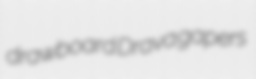
drawboard Drava gapers